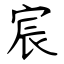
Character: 宸